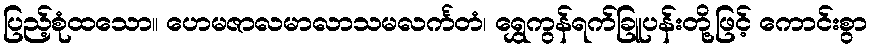
ပြည့်စုံထသော။ ဟေမဇာလမာလာသမလင်္ကတံ၊ ရွှေကွန်ရက်ခြူပန်းတို့ဖြင့် ကောင်းစွာ